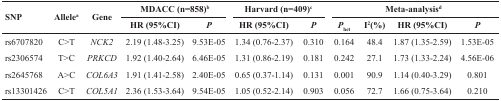
<table><thead><tr><td rowspan="2"><b>SNP</b></td><td rowspan="2"><b>Allele<sup>a</sup></b></td><td rowspan="2"><b>Gene</b></td><td colspan="2"><b>MDACC (n=858)<sup>b</sup></b></td><td colspan="2"><b>Harvard (n=409)<sup>c</sup></b></td><td colspan="4"><b>Meta-analysis<sup>d</sup></b></td></tr><tr><td><b>HR (95%CI)</b></td><td><b><i>P</i></b></td><td><b>HR (95%CI)</b></td><td><b><i>P</i></b></td><td><b><i>P</i><sub>het</sub></b></td><td><b>I<sup>2</sup>(%)</b></td><td><b>HR (95%CI)</b></td><td><b><i>P</i></b></td></tr></thead><tbody><tr><td>rs6707820</td><td>C&gt;T</td><td><i>NCK2</i></td><td>2.19 (1.48-3.25)</td><td>9.53E-05</td><td>1.34 (0.76-2.37)</td><td>0.310</td><td>0.164</td><td>48.4</td><td>1.87 (1.35-2.59)</td><td>1.53E-05</td></tr><tr><td>rs2306574</td><td>T&gt;C</td><td><i>PRKCD</i></td><td>1.92 (1.40-2.64)</td><td>6.46E-05</td><td>1.31 (0.86-2.19)</td><td>0.181</td><td>0.242</td><td>27.1</td><td>1.73 (1.33-2.24)</td><td>4.56E-06</td></tr><tr><td>rs2645768</td><td>A&gt;C</td><td><i>COL6A3</i></td><td>1.91 (1.41-2.58)</td><td>2.40E-05</td><td>0.65 (0.37-1.14)</td><td>0.131</td><td>0.001</td><td>90.9</td><td>1.14 (0.40-3.29)</td><td>0.801</td></tr><tr><td>rs13301426</td><td>C&gt;T</td><td><i>COL5A1</i></td><td>2.36 (1.53-3.64)</td><td>9.54E-05</td><td>1.05 (0.52-2.14)</td><td>0.903</td><td>0.056</td><td>72.7</td><td>1.66 (0.75-3.64)</td><td>0.210</td></tr></tbody></table>